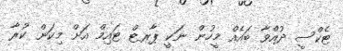
ޓެކްސީ ދުއްވާ ބައެއް މީހުން ނަކީ ޕާރޓް ޓައިމް އަށް މިކަން ކުރާ